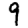
Digit: 9